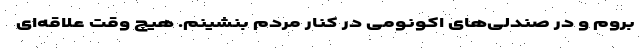
بروم و در صندلی‌های اکونومی در کنار مردم بنشینم. هیچ وقت علاقه‌ای